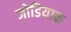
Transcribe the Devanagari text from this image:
जोडियाक